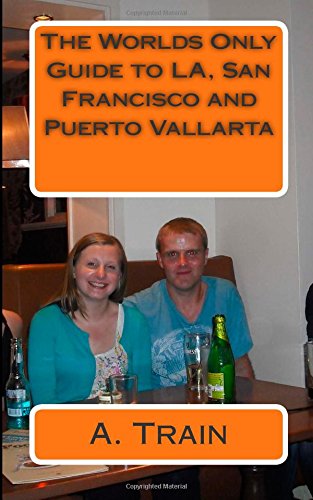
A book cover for The Worlds Only Guide to LA, San Francisco and Puerto Vallarta: Specifically for Sarah and Sean Shiels; A Train; Travel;